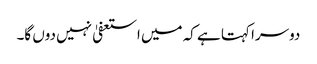
دوسرا کہتا ہے کہ میں استعفیٰ نہیں دوں گا۔